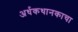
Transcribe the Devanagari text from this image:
अर्धकथानकाचा